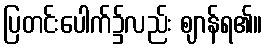
ပြတင်းပေါက်၌လည်း ဈာန်ရ၏။